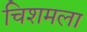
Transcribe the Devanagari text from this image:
चिशमला